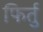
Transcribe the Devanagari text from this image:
फिर्तु